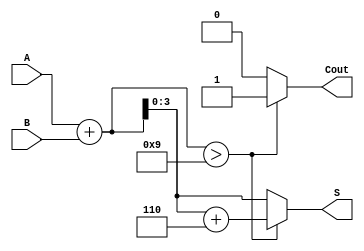
module BCD_Redundant_Binary_Adder (
    input [3:0] A,      // BCD input A
    input [3:0] B,      // BCD input B
    output reg [3:0] S, // BCD output sum
    output reg Cout      // Carry-out signal
);

    // Intermediate signals
    wire [4:0] sum;     // 5-bit sum to accommodate carry
    wire correction;     // Correction flag

    // Step 1: Perform addition of A and B
    assign sum = A + B;

    // Step 2: Determine if correction is needed
    assign correction = sum > 4'b1001; // Check if sum exceeds 9

    // Step 3: Apply correction if necessary
    always @(*) begin
        if (correction) begin
            S = sum + 4'b0110; // Add 6 (0110) for correction
            Cout = 1;          // Set carry-out
        end else begin
            S = sum[3:0];      // Use lower 4 bits of sum
            Cout = 0;          // No carry-out
        end
    end

endmodule